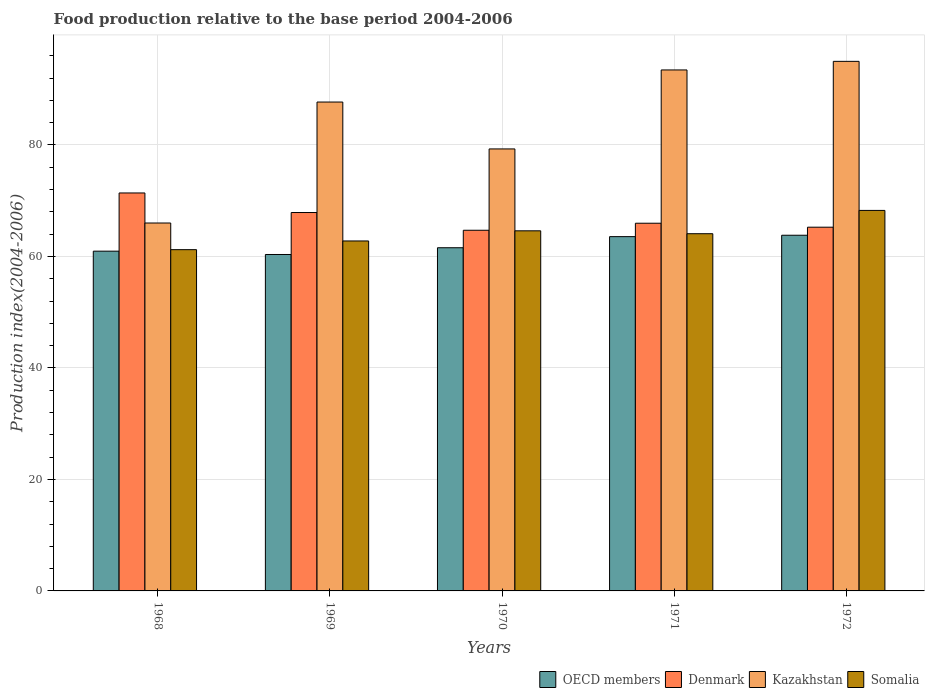
| Years | OECD members | Denmark | Kazakhstan | Somalia |
 | --- | --- | --- | --- | --- |
 | 1968 | 61 | 71.4 | 66 | 61.2 |
 | 1969 | 60.4 | 67.9 | 87.7 | 62.8 |
 | 1970 | 61.6 | 64.7 | 79.3 | 64.6 |
 | 1971 | 63.6 | 66 | 93.5 | 64.1 |
 | 1972 | 63.8 | 65.2 | 95 | 68.3 |